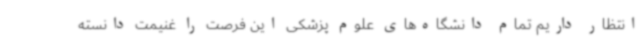
انتظار داریم تمام دانشگاه‌های علوم پزشکی این فرصت را غنیمت دانسته